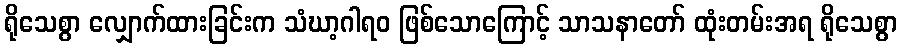
ရိုသေစွာ လျှောက်ထားခြင်းက သံဃာ့ဂါရဝ ဖြစ်သောကြောင့် သာသနာတော် ထုံးတမ်းအရ ရိုသေစွာ